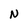
Character: N